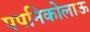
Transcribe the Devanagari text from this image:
पपनिकोलाऊ